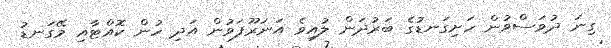
ގިނަ ދުވަސްވުން ހަށިގަނޑުގެ ބަރުދަން ލުއިވެ އަނަރޫފަވުން އަދި ހުން ކޮއްޓާއި މޭގަނޑު